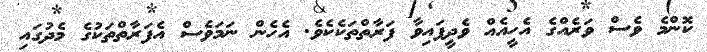
ކޮންމެ ވެސް ވަރެއްގެ އެހީއެއް ވެދީފައިވާ ފަރާތްތަކެކެވެ. އެހެން ނަމަވެސް އެފަރާތްތަކުގެ މެދުގައި